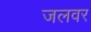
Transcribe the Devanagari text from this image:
जलवर